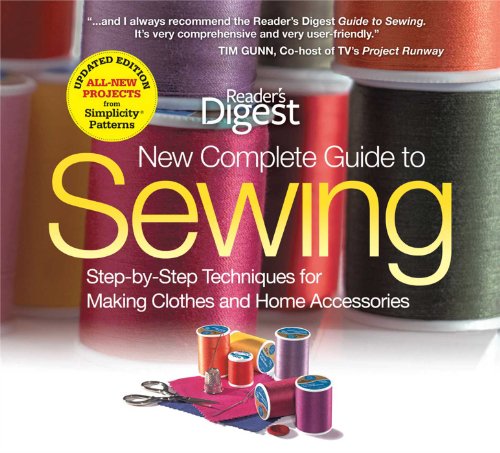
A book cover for The New Complete Guide to Sewing: Step-by-Step Techniques for Making Clothes and Home Accessories Updated Edition with All-New Projects and Simplicity Patterns (Reader's Digest); Editors of Reader's Digest; Crafts, Hobbies & Home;